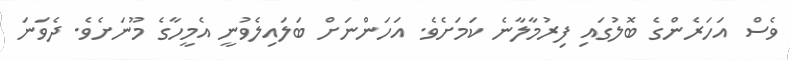
ވެސް އަހަރެންގެ ބޮލުގައި ފިރުމާލާނެ ކަމަށެވެ. އަހަންނަށް ބަލައިލެވުނީ އެމީހާގެ މޫނަށެވެ. ދެވަނަ